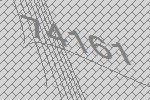
74161